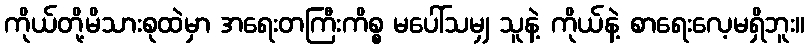
ကိုယ်တို့မိသားစုထဲမှာ အရေးတကြီးကိစ္စ မပေါ်သမျှ သူနဲ့ ကိုယ်နဲ့ စာရေးလေ့မရှိဘူး။